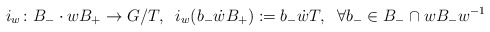
\begin{align*}i_w \colon B_- \cdot w B_+ \to G/T, \; \; i_w(b_- \dot{w} B_+) := b_- \dot{w} T, \; \; \forall b_- \in B_- \cap w B_- w^{-1}\end{align*}